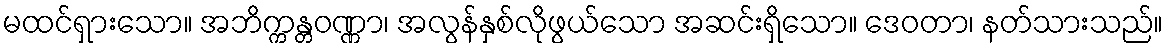
မထင်ရှားသော။ အဘိက္ကန္တဝဏ္ဏာ၊ အလွန်နှစ်လိုဖွယ်သော အဆင်းရှိသော။ ဒေဝတာ၊ နတ်သားသည်။